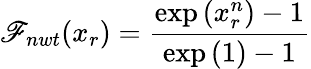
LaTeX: \mathscr{F}_{nwt}(x_{r})=\frac{{\exp\left(x_{r}^{n}\right)-1}}{{\exp\left(1\right)-1}}